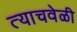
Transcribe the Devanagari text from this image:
त्‍याचवेळी